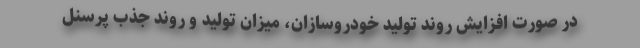
در صورت افزایش روند تولید خودروسازان، میزان تولید و روند جذب پرسنل